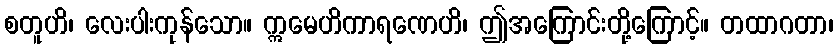
စတူဟိ၊ လေးပါးကုန်သော။ ဣမေဟိကာရဏေဟိ၊ ဤအကြောင်းတို့ကြောင့်။ တထာဂတာ၊